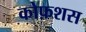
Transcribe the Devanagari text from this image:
कोफ़शस